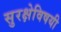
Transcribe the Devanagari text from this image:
सुरक्षेविषयी